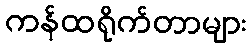
ကန်ထရိုက်တာများ